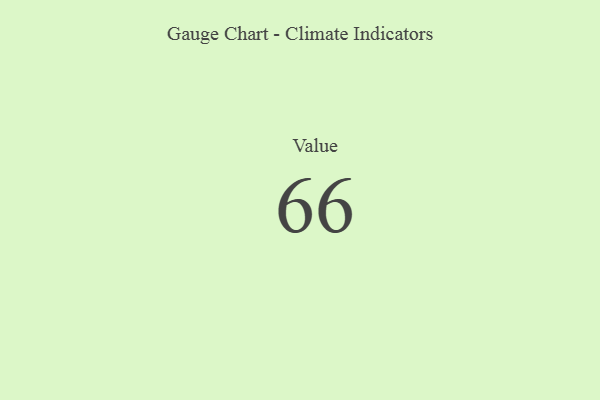
{"axis": {"x": "Metric", "y": "Value"}, "legend": [""], "data": [{"x": "Value", "y": 66, "type": ""}]}